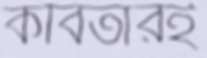
কবিতারই